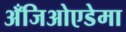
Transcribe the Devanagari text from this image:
अँजिओएडेमा